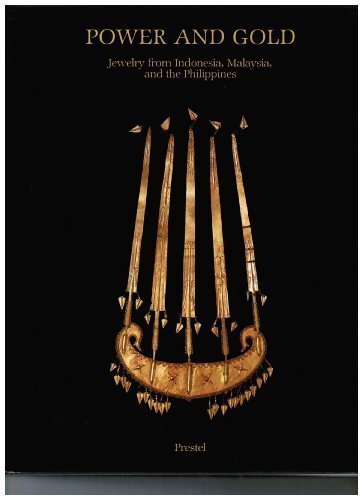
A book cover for Power and Gold: Jewelry from Indonesia, Malaysia, and the Philippines, from the Collection of the Barbier-Mueller Museum, Geneva (African, Asian & Oceanic Art); Musee Barbier-Muller; Travel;